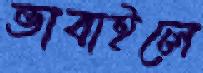
ভাবাইলে